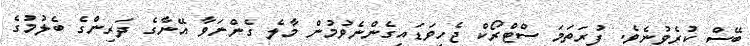
ބޭސް ކުރެވުނެވެ. ފުރަތަމަ ސްޓްރޯކް ޖެހިވަޑައިގެންނެވުމުން މާލެ ގެންނަވާ އޭނާގެ ދަރިންގެ ބެލުމުގެ